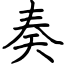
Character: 奏